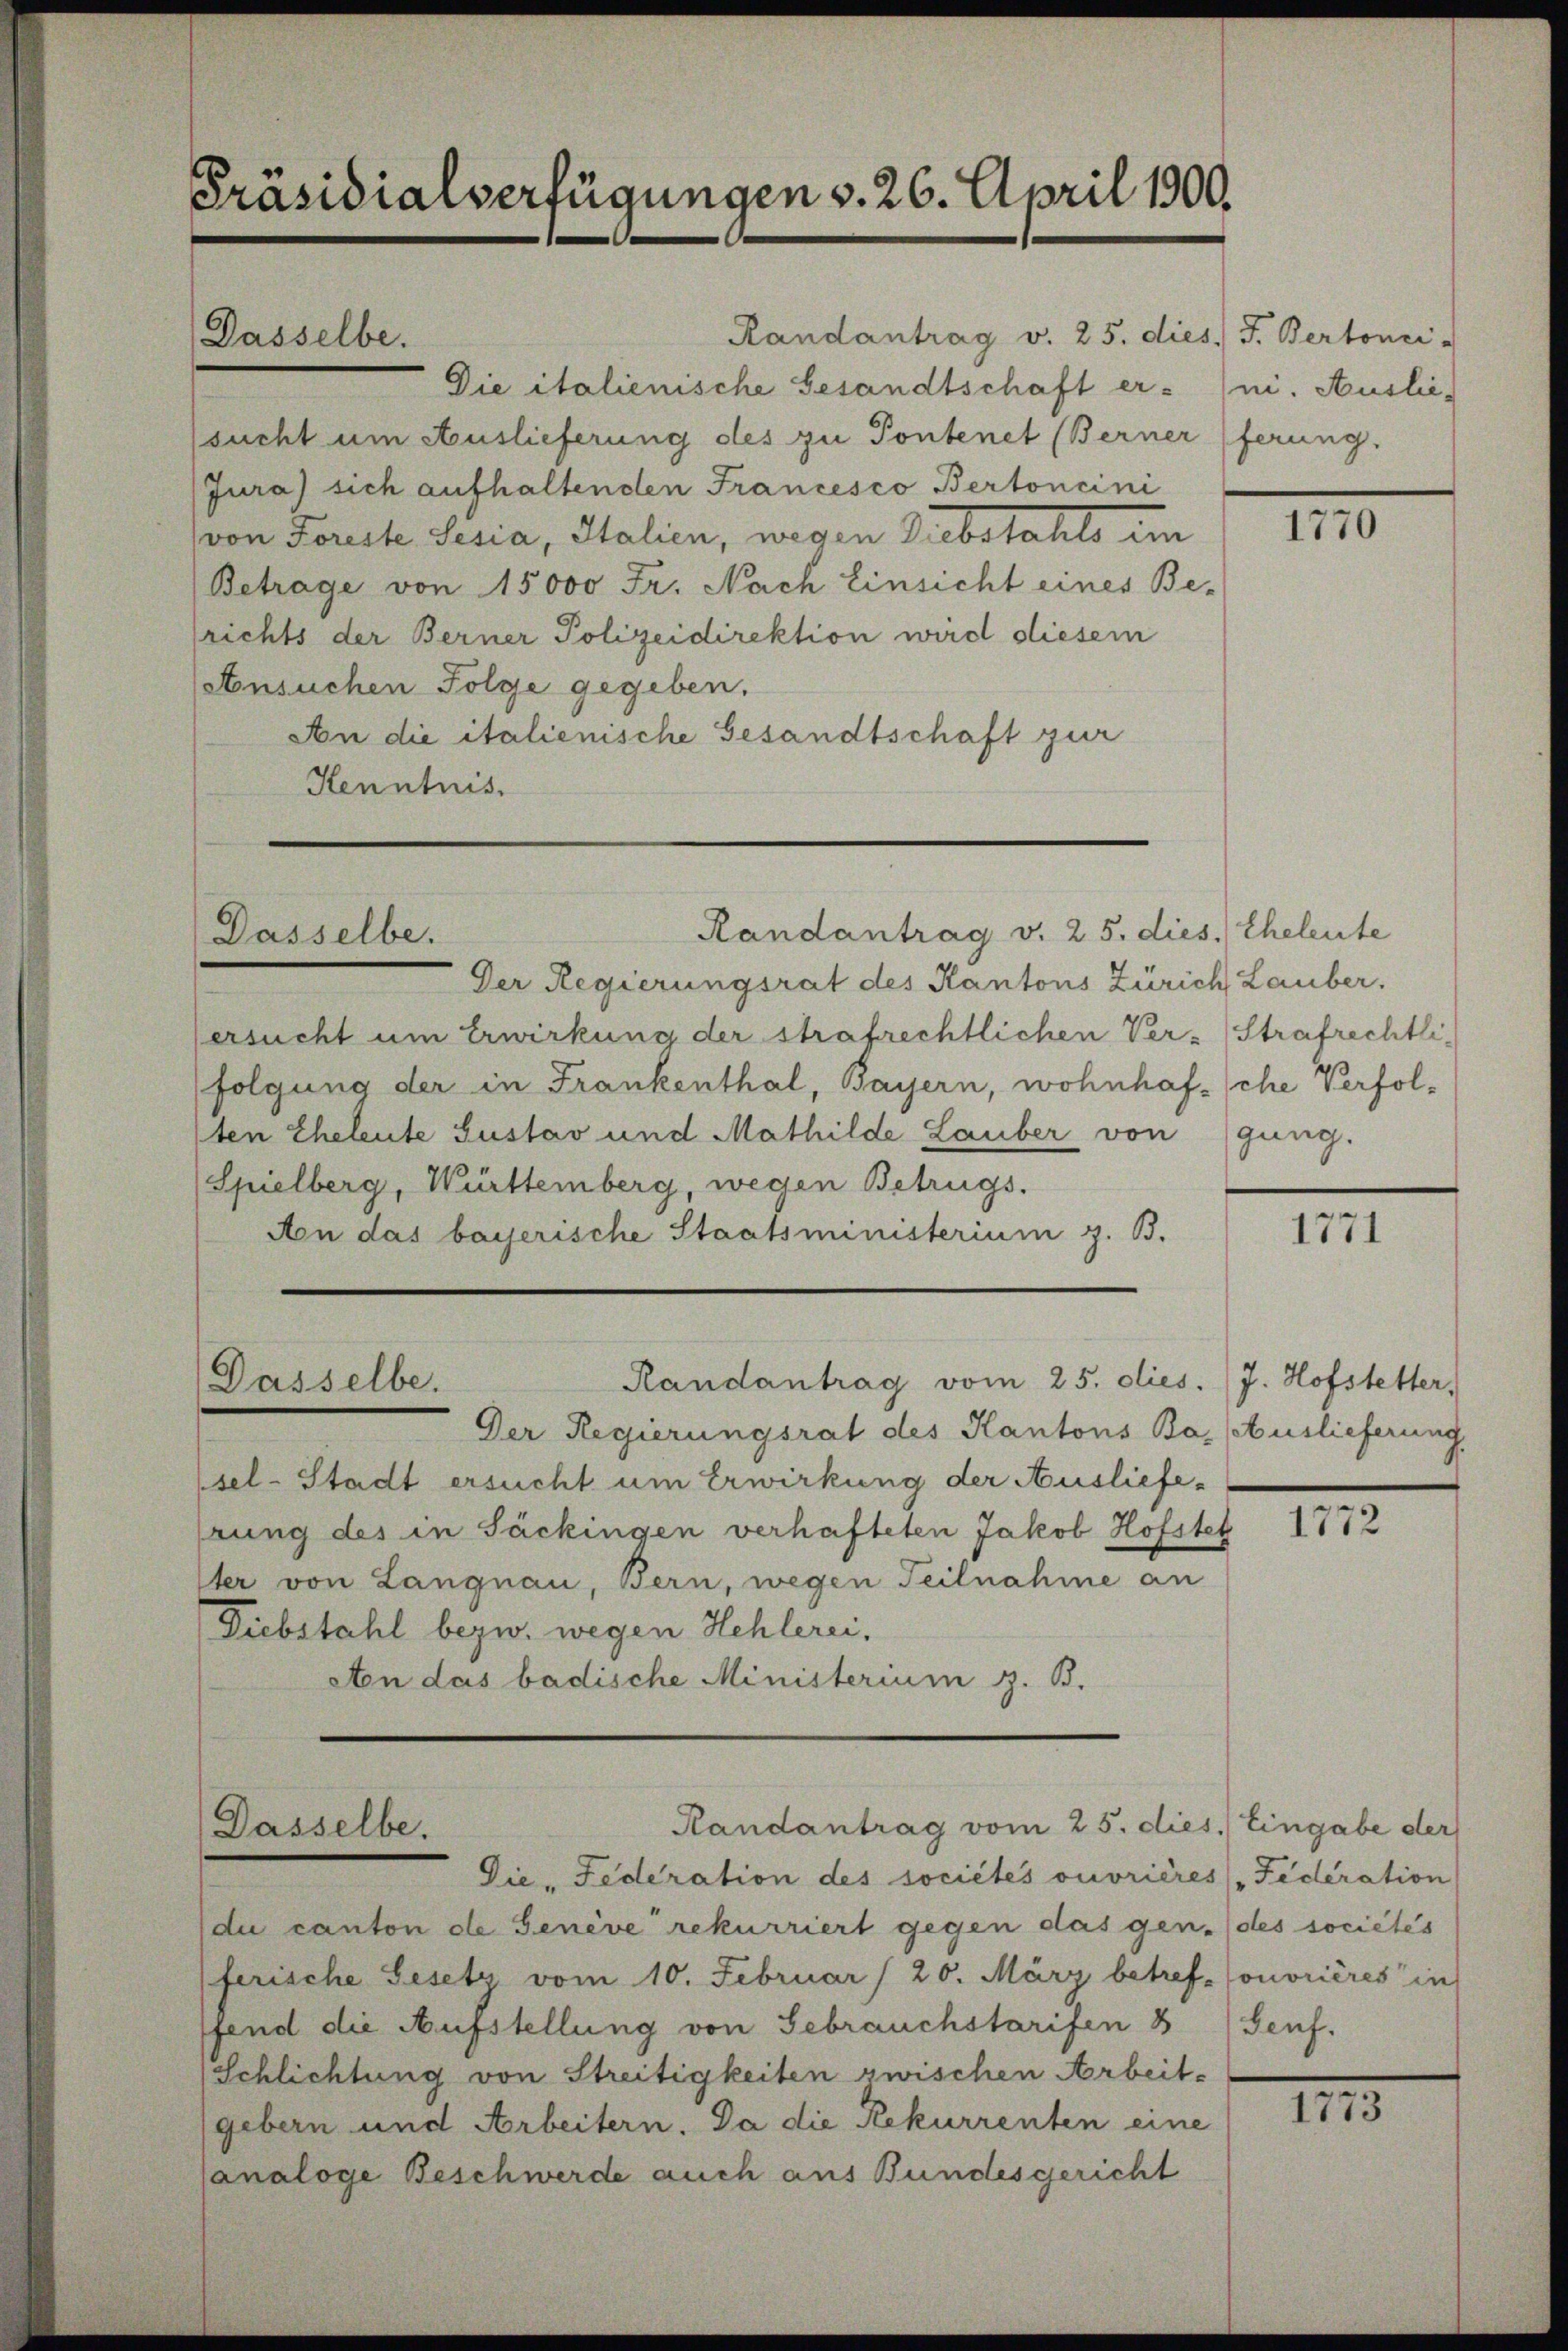
Präsidialverfügungen v. 26. April 1900.

Randantrag v. 25. dies J. Bertonci-
Die italienische Gesandtschaft er-
sucht um Auslieferung des zu Pontenet (Berner
Jura) sich aufhaltenden Francesco Bertoncini
von Forste Sesia, Italien, wegen Substahls im
Betrage von 15000 Fr. Nach Einsicht eines Be-
srichts der Berner Polizeidirektion wird diesem
Ansuchen Folge gegeben.
An die italienische Gesandtschaft zur
Kenntnis.

Dasselbe.

Dasselbe.

Der Regierungsrat des Kantons Zürich Lauber.
ersucht um Erwirkung der strafrechtlichen Ver- Strafrechtlifolgung der in Frankenthal, Bayern, wohnhaft sche Verfolten Eheleute Gustav und Mathilde Lauber von (gung.
Spielberg, Württemberg, wegen Betrugs.
An das bayerische Staatsministerium z. B.

Randantrag v. 25. dies Eheleute

Der Regierungsrat des Kantons Ba. (Auslieferung
sel-Stadt ersucht um Erwirkung der Ausliefe-
rung des in Säckingen verhafteten Jakob Hofsteh
ter von Langnau, Bern, wegen Teilnahme an
Diebstahl bezw. wegen Hehlerei,
An das badische Ministerium z. B.

Randantrag vom 25. dies. J. Hofstetter,
Dasselbe.

Randantrag vom 25. dies. Eingabe der
Dasselbe.

Die, Federation des sociétés ouvrières Federation
du canton de Genève rekurriert gegen das gen. (des sociétés
ferische Gesetz vom 10. Februar / 20. März betref- ouvrières in
ffend die Aufstellung von Gebrauchstarifen 8
Schlichtung von Streitigkeiten zwischen Arbeit-
gebern und Arbeitern. Da die Rekurrenten eine
Canaloge Beschwerde auch aus Bundesgericht

ni. Auslie
ferung.

III

1771

1772

Seuf.

III.